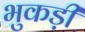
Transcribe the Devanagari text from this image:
भुकड़ी